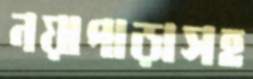
নয়াপাড়াসহ